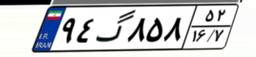
۳۶گ۴۳۴۸۰